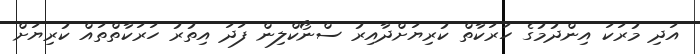
އަދި މުރަކަ އިންދުމުގެ ހަރަކާތް ކުރިޔަށްދާއިރު ސްނޯކްލިން ފަދަ އިތުރު ހަރަކާތްތައް ކުރިޔަށް